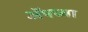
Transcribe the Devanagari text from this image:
अॅपच्या